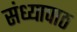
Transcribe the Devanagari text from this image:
संध्यापाठ